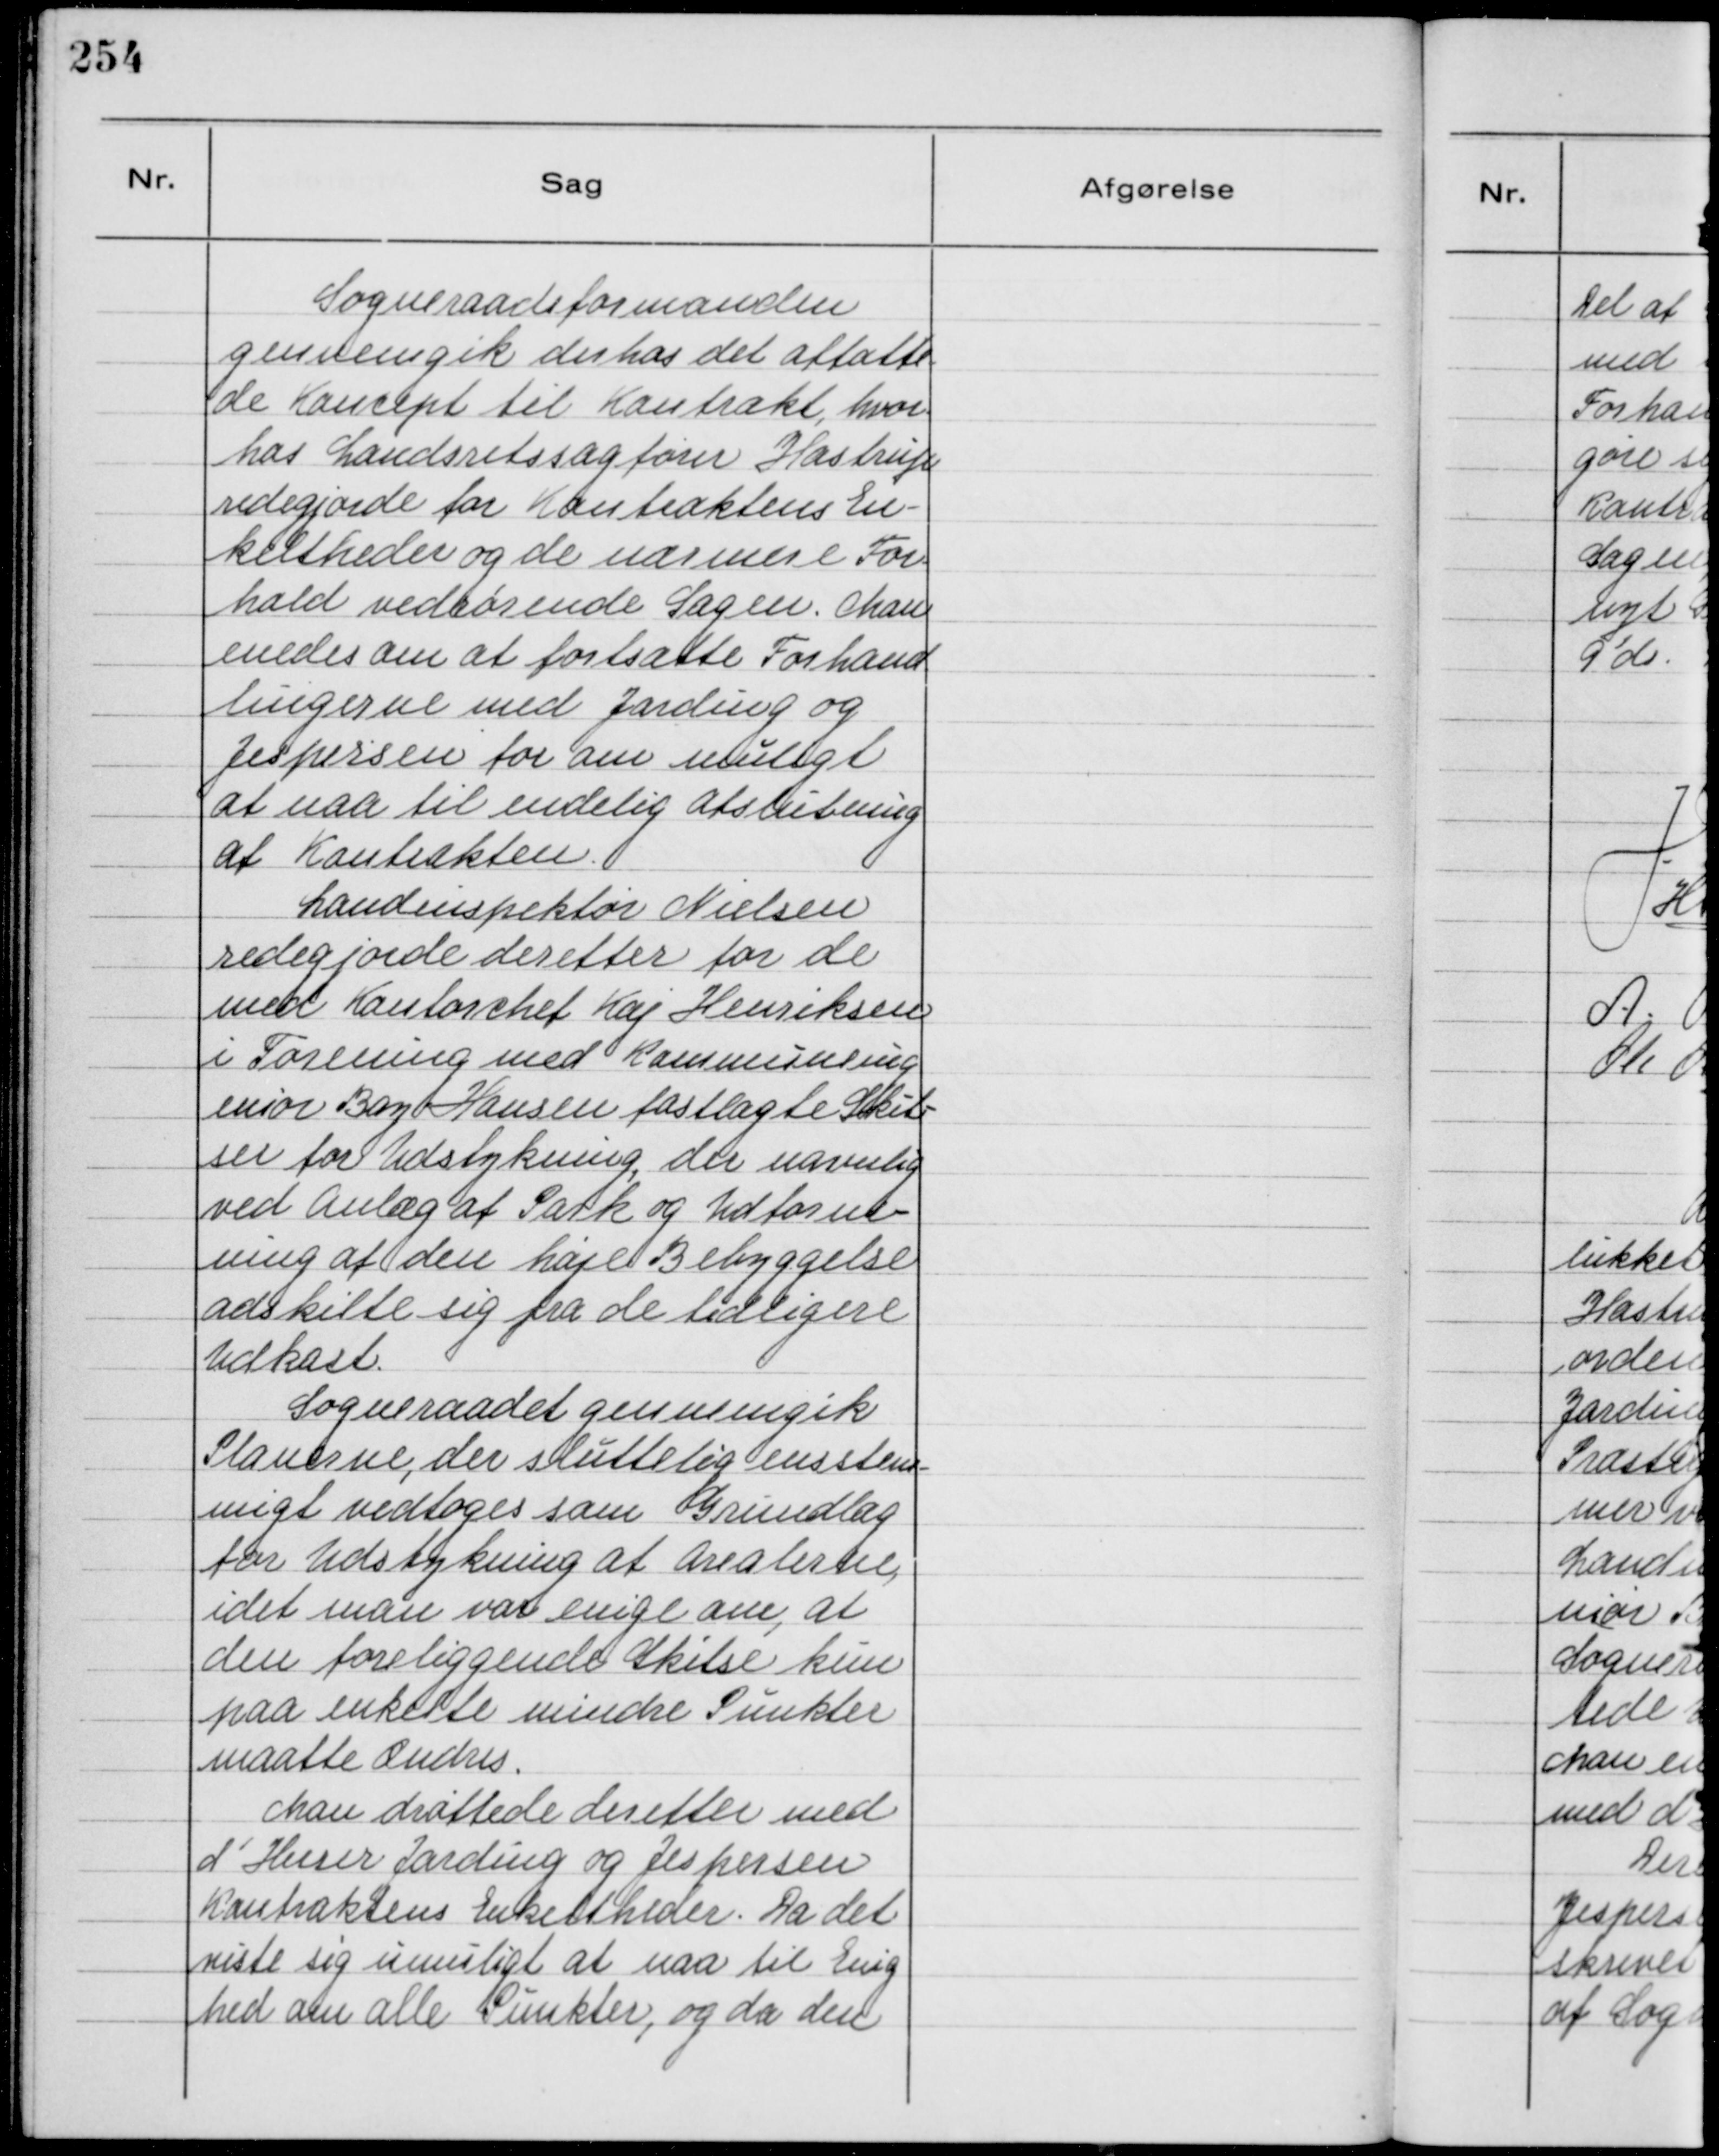
Transskription:
Sogneraadeformanden
gennemgik derhos det affatte-
de Koncept til Kontrakt, hvor-
hos Landsretssagfører Hastrup
redegiorde for Kontraktens En-
keltheder og de nærmere For-
hold vedrørende Sagen. Man
enedes om at fortsætte Forhand
lingerne med Jarding og
Jespersen for om muligt
at naa til endelig Afslutning
af Kontrakten.
Landinspektør Nielsen
redegjorde derefter for de
med Kontorchef Kaj Henriksen
i Forening med Kommuneing
eniør Bay-Hansen fastlagte Skit-
ser for Udstykning, der navnlig
ved Anlæg af Park og Udform-
ning at den høje Bebyggelse
adskilte sig fra de tidligere
Udkast.
Sogneraadet gennemgik
Planerne, der sluttelig ensstem-
migt vedtoges som Grundlag
for Udstykning af Arealerne,
idet man var enige om, at
den foreliggende Skitse kun
paa enkelte mindre Punkter
maatte ændres.
Man drøftede derefter med
d' Herrer Jarding og Jespersen
Kontraktens Enkeltheder. Da det
viste sig umuligt at naa til Enig
hed om alle Punkter, og da den